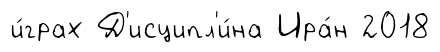
и́грах Д'исципл'и́на Ира́н 2018